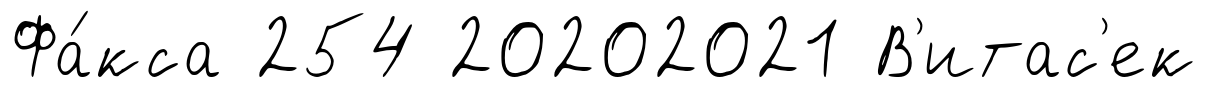
Фа́кса 254 20202021 В'итас'ек